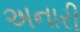
અનારી